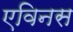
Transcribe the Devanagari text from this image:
एविनस